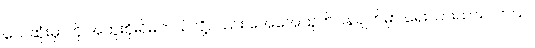
သေဆုံးမှာကို အထူးစိုးရိမ်တယ်လို့လည်း အေအေထုတ်ပြန်ချက်မှာ ရေးသားထားပါတယ်။